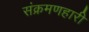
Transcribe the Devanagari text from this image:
संक्रमणहारी